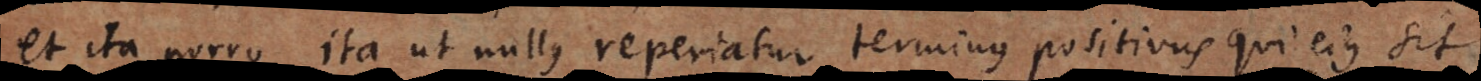
et ita porro, ita ut nullus reperiatur terminus positivus qui ejus sit